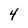
Character: 4